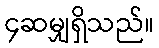
၄ဆမျှရှိသည်။